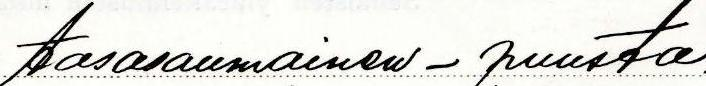
tasasaumainen - puusta